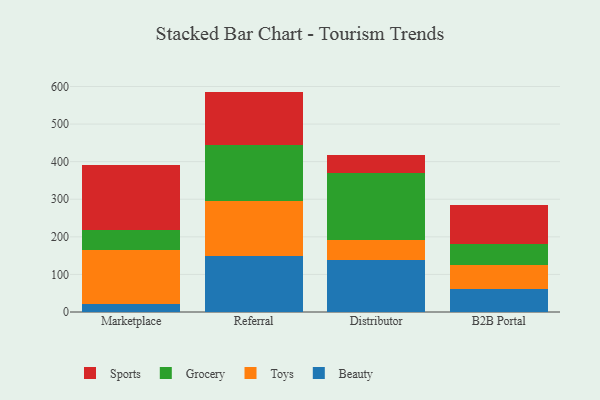
{"axis": {"x": "Channel", "y": "Satisfaction Score"}, "legend": ["Beauty", "Grocery", "Sports", "Toys"], "data": [{"x": "Marketplace", "y": 20.0, "type": "Beauty"}, {"x": "Marketplace", "y": 144.0, "type": "Toys"}, {"x": "Marketplace", "y": 54.0, "type": "Grocery"}, {"x": "Marketplace", "y": 173.2, "type": "Sports"}, {"x": "Referral", "y": 150.0, "type": "Beauty"}, {"x": "Referral", "y": 145.1, "type": "Toys"}, {"x": "Referral", "y": 148.8, "type": "Grocery"}, {"x": "Referral", "y": 142.5, "type": "Sports"}, {"x": "Distributor", "y": 138.0, "type": "Beauty"}, {"x": "Distributor", "y": 52.7, "type": "Toys"}, {"x": "Distributor", "y": 179.9, "type": "Grocery"}, {"x": "Distributor", "y": 47.0, "type": "Sports"}, {"x": "B2B Portal", "y": 60.6, "type": "Beauty"}, {"x": "B2B Portal", "y": 65.2, "type": "Toys"}, {"x": "B2B Portal", "y": 55.5, "type": "Grocery"}, {"x": "B2B Portal", "y": 102.8, "type": "Sports"}]}